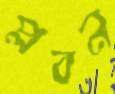
প্লবন